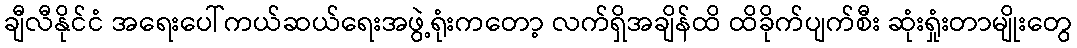
ချီလီနိုင်ငံ အရေးပေါ်ကယ်ဆယ်ရေးအဖွဲ့ရုံးကတော့ လက်ရှိအချိန်ထိ ထိခိုက်ပျက်စီး ဆုံးရှုံးတာမျိုးတွေ